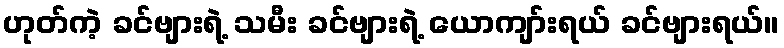
ဟုတ်ကဲ့ ခင်ဗျားရဲ့ သမီး ခင်ဗျားရဲ့ ယောကျာ်းရယ် ခင်ဗျားရယ်။